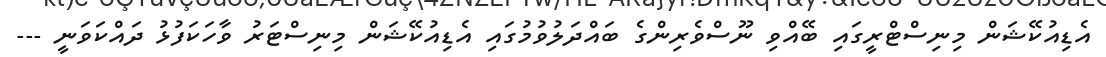
އެޑިއުކޭޝަން މިނިސްޓްރީގައި ބޭއްވި ނޫސްވެރިންގެ ބައްދަލުވުމުގައި އެޑިއުކޭޝަން މިނިސްޓަރު ވާހަކަފުޅު ދައްކަވަނީ ---